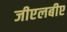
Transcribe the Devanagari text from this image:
जीएलबीए